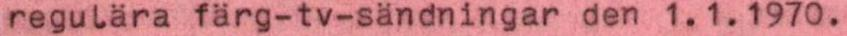
regulära färg-tv-sändningar den 1.1.1970.